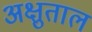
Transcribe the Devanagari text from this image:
अक्षुताल